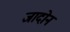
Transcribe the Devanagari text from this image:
जादोन